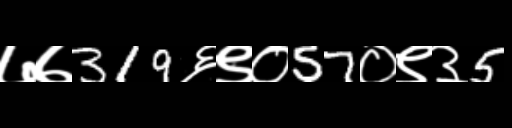
Text: ७७319६९०57०९३5